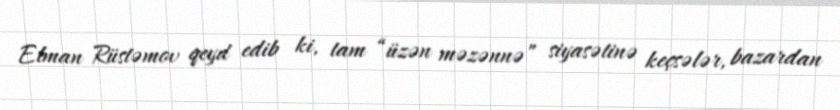
Elman Rüstəmov qeyd edib ki, tam “üzən məzənnə” siyasətinə keçsələr, bazardan